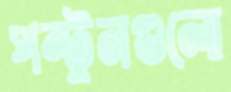
পন্টুনগুলো